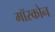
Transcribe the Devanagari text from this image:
मॉस्कोन